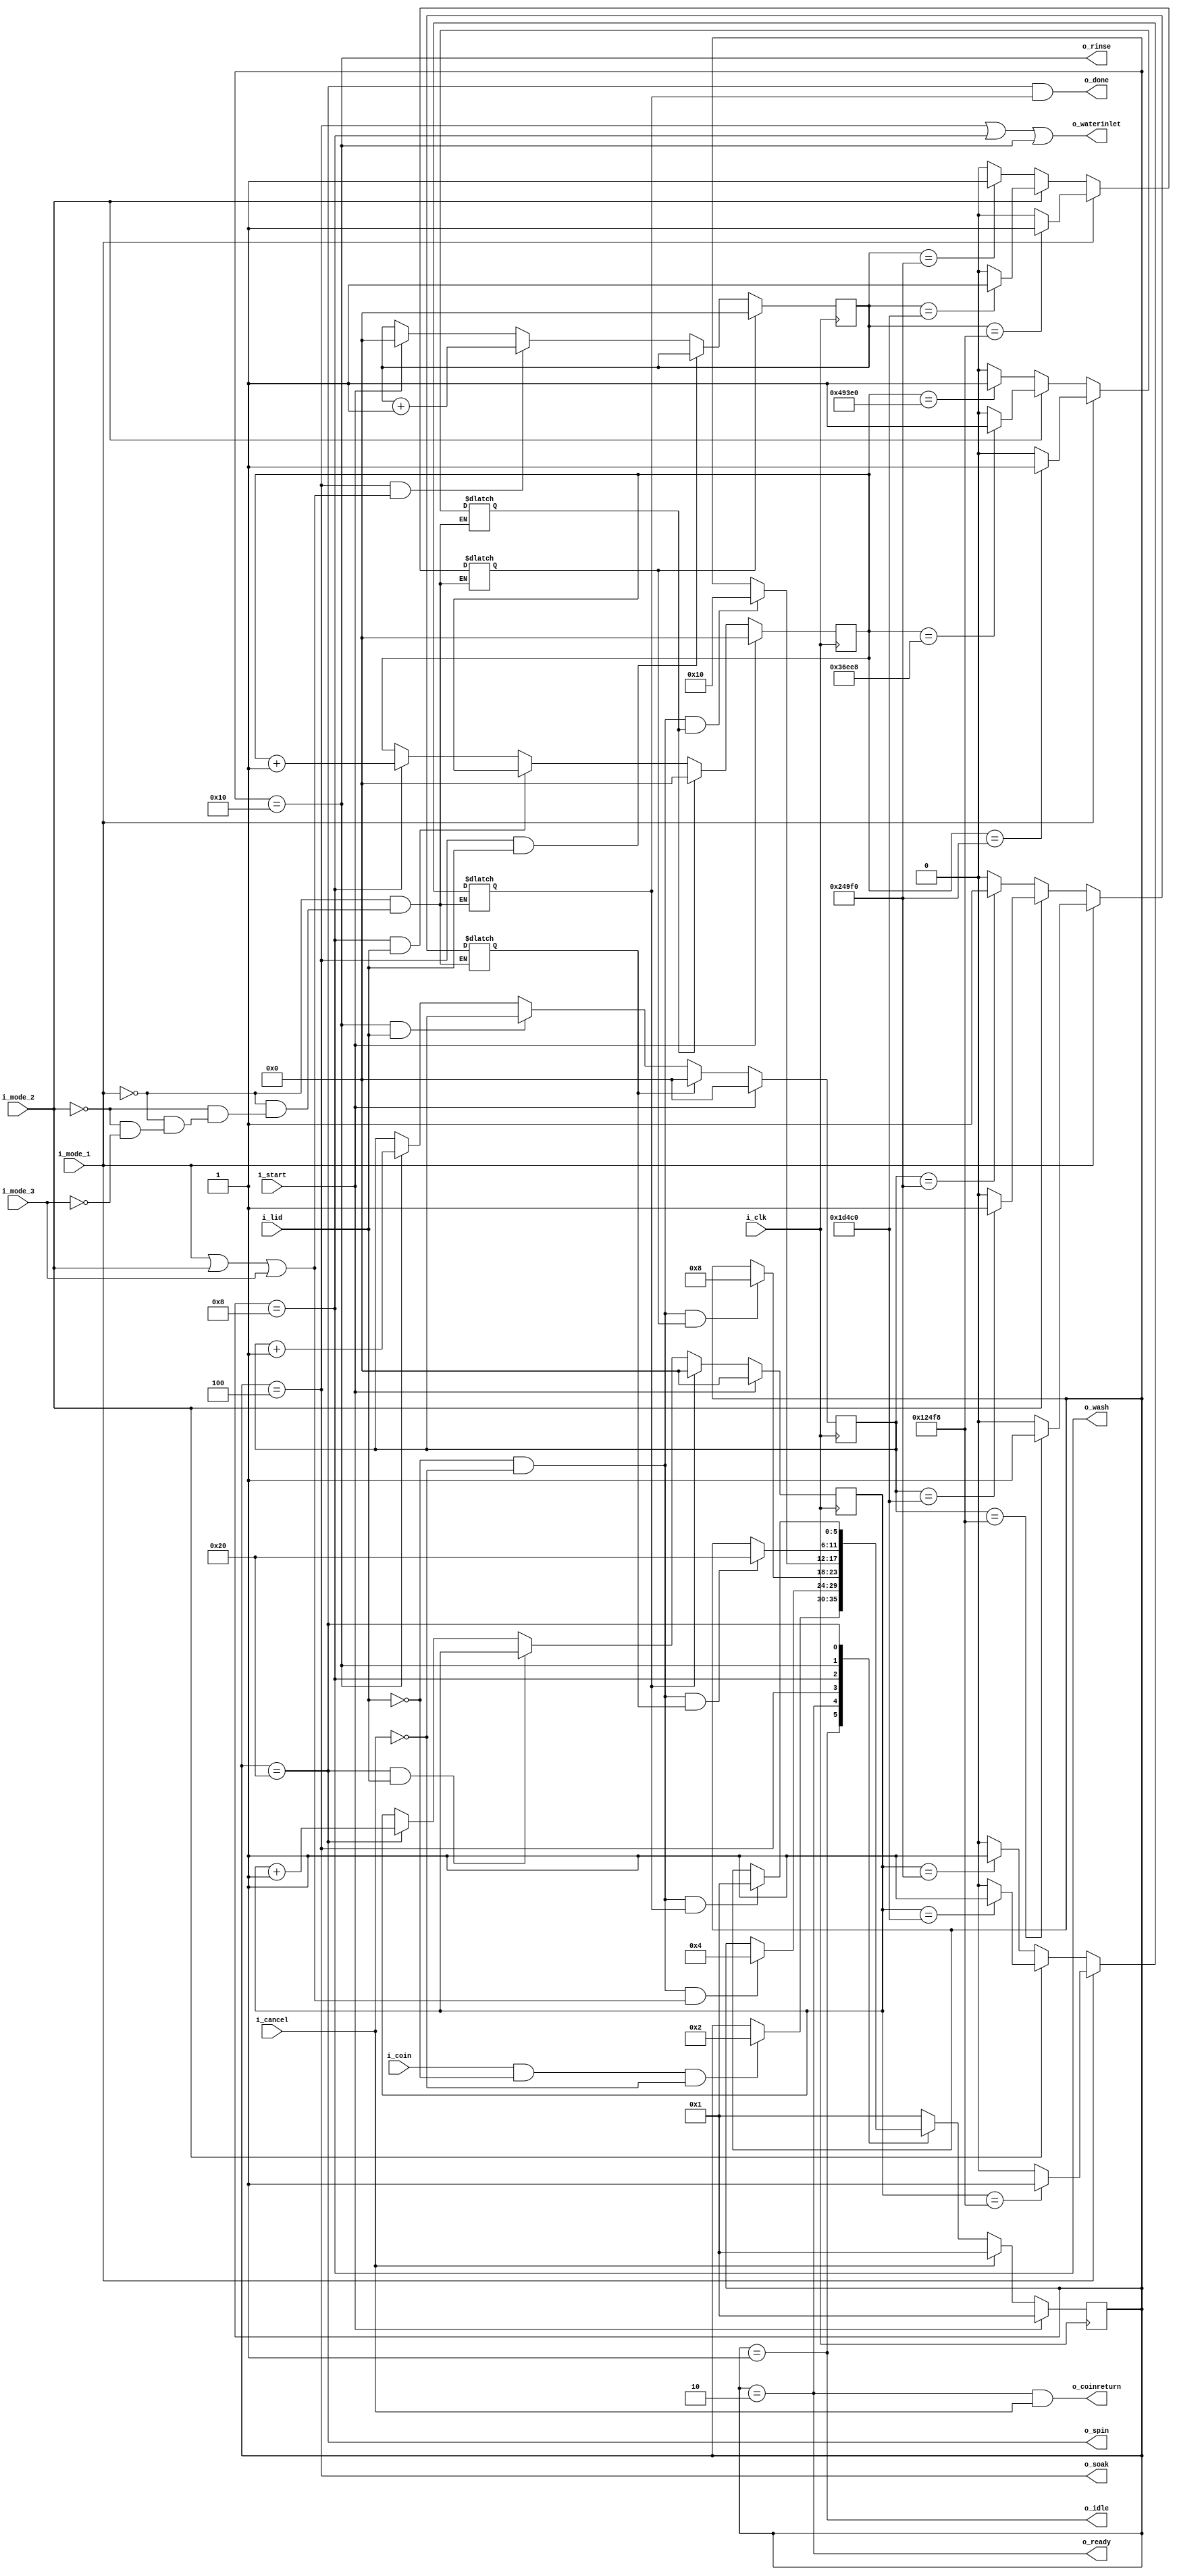
`timescale 1ms / 1ms

 module washingmachine(i_clk,i_lid,i_start,i_cancel,i_coin,i_mode_1,i_mode_2,i_mode_3,
                        o_idle,o_ready,o_soak,o_wash,o_rinse,o_spin,o_coinreturn,o_waterinlet,o_done);
						
	input i_clk,i_start,i_cancel,i_coin,i_lid,i_mode_1,i_mode_2,i_mode_3;
	output o_idle,o_ready,o_soak,o_wash,o_rinse,o_spin,o_waterinlet;
	output o_coinreturn,o_done;
	
	parameter IDLE  = 6'b000001,
	          READY = 6'b000010,
			  SOAK  = 6'b000100,
			  WASH  = 6'b001000,
			  RINSE = 6'b010000,
			  SPIN  = 6'b100000;
	
    // i_clk = 250hz means 1sec = 250 clock cycles
	
	/* mode1 - cloth < 2kg 
       Soak  : 5 mins   (5*60*250  = 75,000)
       Wash  : 10 mins  (10*60*250 = 1,50,000)
       Rinse : 5 mins   (5*60*250  = 75,000)
       Spin  : 5 mins   (5*60*250  = 75,000)
	   
	   mode2 - 2kg < cloth < 4kg 
       Soak  : 8 mins   (8*60*250  = 1,20,000) 
       Wash  : 15 mins  (15*60*250 = 2,25,000)
       Rinse : 8 mins   (8*60*250  = 1,20,000)
       Spin  : 8 mins   (8*60*250  = 1,20,000)
	   
	   mode3 - 4kg < cloth < 6kg 
       Soak  : 10 mins  (10*60*250 = 1,50,000)
       Wash  : 20 mins  (20*60*250 = 3,00,000)
       Rinse : 10 mins  (10*60*250 = 1,50,000)
       Spin  : 10 mins  (10*60*250 = 1,50,000)   */
	   
	   reg [5:0] PS,NS;
	   
	   
		
        reg soak_done,wash_done,rinse_done,spin_done;
		
        wire soak_up,wash_up,rinse_up,spin_up;
		wire soak_pause,wash_pause,rinse_pause,spin_pause;
		reg [18:0] soakcounter,washcounter,rinsecounter,spincounter; //19 bits can count upto 5,24,288
		
		//------- Timer pause logic when lid is open -------------------
		
		assign soak_pause  = ( PS == SOAK )  && (i_lid) ; 
		assign wash_pause  = ( PS == WASH )  && (i_lid) ; 
		assign rinse_pause = ( PS == RINSE ) && (i_lid) ; 
		assign spin_pause  = ( PS == SPIN )  && (i_lid) ; 
		
		

		assign soak_up  = (PS == SOAK) && (i_mode_1 || i_mode_2 || i_mode_3);
		assign wash_up  = (PS == WASH);
		assign rinse_up = (PS == RINSE);
		assign spin_up  = (PS == SPIN);
		
	
	    //---------- SOAK DONE LOGIC ------------------------------
        always@(i_mode_1,i_mode_2,i_mode_3,soakcounter)
		    begin
			    if(i_mode_1)
				  soak_done = (soakcounter == 75000) ? 1'b1 : 1'b0;
				else if(i_mode_2)
				  soak_done = (soakcounter == 120000) ? 1'b1 : 1'b0;
                else if(i_mode_3)
                  soak_done = (soakcounter == 150000) ? 1'b1 : 1'b0;		
             end
			 
			 
		//---------- WASH DONE LOGIC ------------------------------	
            always@(i_mode_1,i_mode_2,i_mode_3,washcounter)
		    begin
			    if(i_mode_1)
				  wash_done = (washcounter == 150000) ? 1'b1 : 1'b0;
				else if(i_mode_2)
				  wash_done = (washcounter == 225000) ? 1'b1 : 1'b0;
                else if(i_mode_3)
				  wash_done = (washcounter == 300000) ? 1'b1 : 1'b0;				  
                				  
			end
			
			
        //---------- RINSE DONE LOGIC ------------------------------
              always@(i_mode_1,i_mode_2,i_mode_3,rinsecounter)
		    begin
			    if(i_mode_1)
				  rinse_done = (rinsecounter == 75000) ? 1'b1 : 1'b0;
				else if(i_mode_2)
				  rinse_done = (rinsecounter == 120000) ? 1'b1 : 1'b0;
                else if(i_mode_3)
				  rinse_done = (rinsecounter == 150000) ? 1'b1 : 1'b0;				  
                				  
			end		

			
		//---------- SPIN DONE LOGIC ------------------------------	
              always@(i_mode_1,i_mode_2,i_mode_3,spincounter)
		    begin
			    if(i_mode_1)
				  spin_done = (spincounter == 75000) ? 1'b1 : 1'b0;
				else if(i_mode_2)
				  spin_done = (spincounter == 120000) ? 1'b1 : 1'b0;
                else if(i_mode_3)
				  spin_done = (spincounter == 150000) ? 1'b1 : 1'b0;				  
                				  
			end	
   
   
   
		//----------- SOAK TIMER ------------------------------------
        always@(posedge i_clk)
            begin
              if(i_start)
			        soakcounter <= 0;
			   if(soak_done)
                    soakcounter <= 0;
			   else if(soak_pause)
                    soakcounter <= soakcounter;			   
               else if(soak_up)
                    soakcounter <= soakcounter + 1'b1;				
            end
			
        //----------- WASH TIMER ------------------------------------
        always@(posedge i_clk)
            begin
              if(i_start)
			        washcounter <= 0;
				else if(wash_done)
                    washcounter <= 0;
				else if(wash_pause)
                    washcounter <= washcounter;		
                else if(wash_up)
                    washcounter <= washcounter + 1'b1;				
            end
			
		//----------- RINSE TIMER ------------------------------------	
		always@(posedge i_clk)
            begin
              if(i_start)
			        rinsecounter <= 0;
			   else if(rinse_done)
                    rinsecounter <= 0;
			   else if(rinse_pause)
                    rinsecounter <= rinsecounter;		
               else if(rinse_up)
                    rinsecounter <= rinsecounter + 1'b1;				
            end
        //----------- SPIN TIMER ------------------------------------
        always@(posedge i_clk)
            begin
              if(i_start)
			        spincounter <= 0;
			   else if(spin_done)
                    spincounter <= 0;
			   else if(spin_pause)
                    spincounter <= spincounter;			
               else if(spin_up)
                    spincounter <= spincounter + 1'b1;				
            end			
			
		
		
		//---------------- Present state logic ----------------------
	   always@(posedge i_clk)
	       begin
		       if(i_start)
			      PS <= IDLE;
			   else if(i_cancel)
                  PS <= IDLE;
               else
                  PS <= NS;			   
		   end
		   
		
		
	    //----------- Next state decoder logic ------------------------------------
		
   always@(*)		//always@(PS,i_cancel,i_coin,i_lid,i_mode_1,i_mode_2,i_mode_3,soak_done,wash_done,rinse_done,spin_done) 
             begin
				case(PS)
				  IDLE : begin 
				          if(i_coin && !i_lid && !i_cancel)
						     NS <= READY;
						  else
                             NS <= PS;						  
						 end
						 
				  READY : begin 
                    if(!i_lid && !i_cancel && (i_mode_1 || i_mode_2 || i_mode_3))
							  NS <= SOAK;
							else
                              NS <= PS;							
				          end

                  SOAK : begin 
                    if(!i_lid && !i_cancel && soak_done)
							  NS <= WASH;
							else
                              NS <= PS;							
				         end
 
                  WASH : begin 
                         if(!i_lid && !i_cancel && wash_done)    
							  NS <= RINSE;
							else
                              NS <= PS;							
				         end

                  RINSE : begin 
                    if(!i_lid && !i_cancel && rinse_done)
							  NS <= SPIN;
							else
                              NS <= PS;	
				          end

                  SPIN : begin 
                    if(!i_lid && !i_cancel && spin_done)
							  NS <= IDLE;
							else
                              NS <= PS;	
				         end	
                  default :  NS <= IDLE;
                endcase         
		    end			 
			
			
		//--- output logic --

        assign o_idle = (PS == IDLE);
        assign o_ready = (PS == READY);
        assign o_soak = (PS == SOAK);
        assign o_wash = (PS == WASH);
        assign o_rinse = (PS == RINSE);
        assign o_spin = (PS == SPIN);
        assign o_waterinlet = (PS == SOAK) || (PS == WASH) || (PS == RINSE) ;
        assign o_coinreturn = (PS == READY)	&& (i_cancel);
        assign o_done = (PS == SPIN) && (spin_done);

     endmodule